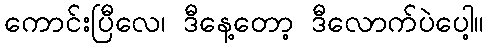
ကောင်းပြီလေ၊ ဒီနေ့တော့ ဒီလောက်ပဲပေါ့။